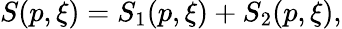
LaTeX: \begin{array}{r}{S(p,\xi)=S_{1}(p,\xi)+S_{2}(p,\xi),}\end{array}